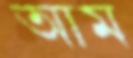
আম